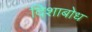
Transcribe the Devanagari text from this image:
दिशाबोध